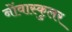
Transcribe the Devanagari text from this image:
नोंवास्कुलर